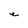
Character: e